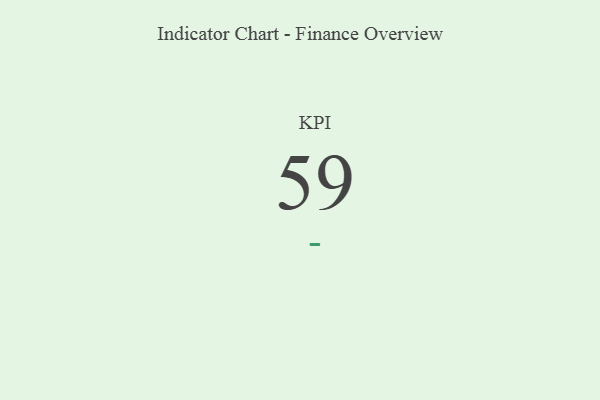
{"axis": {"x": "KPI", "y": "Value"}, "legend": [""], "data": [{"x": "KPI", "y": 59, "type": ""}]}